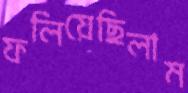
ফলিয়েছিলাম